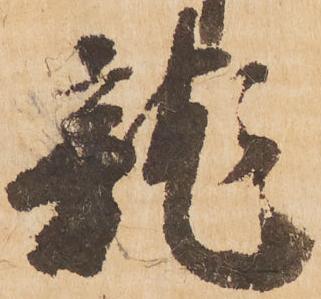
龍